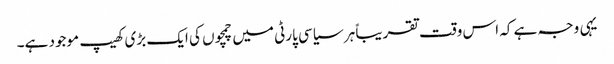
یہی وجہ ہے کہ اس وقت تقریباً ہر سیاسی پارٹی میں چمچوں کی ایک بڑی کھیپ موجود ہے۔